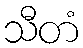
သီတံ